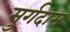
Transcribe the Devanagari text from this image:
मुर्गदास